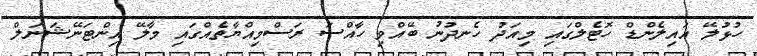
ހުޅުލޭ އައިލެންޑް ހޮޓެލްގައި މިއަދު ހެނދުނު ބޭއްވި ހާއްސަ ރަސްމިއްޔާތެއްގައި މާލޭ އިންޓަނޭޝަނަލް